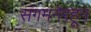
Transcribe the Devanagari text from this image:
संगमनेरहून